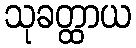
သုခတ္ထာယ